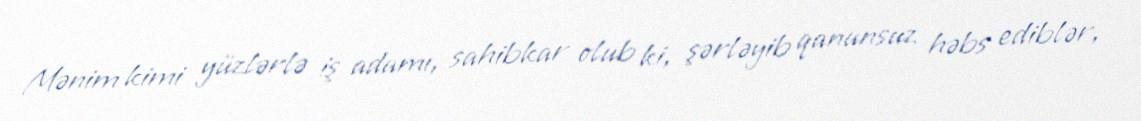
Mənim kimi yüzlərlə iş adamı, sahibkar olub ki, şərləyib qanunsuz həbs ediblər,